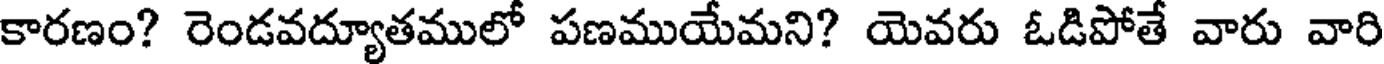
కారణం? రెండవద్యూతములో పణముయేమని? యెవరు ఓడిపోతే వారు వారి